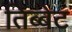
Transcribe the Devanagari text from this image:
तिब्बेट